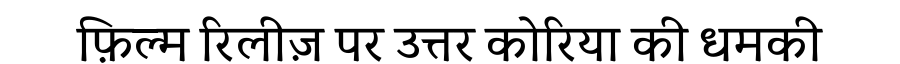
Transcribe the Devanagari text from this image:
फ़िल्म रिलीज़ पर उत्तर कोरिया की धमकी